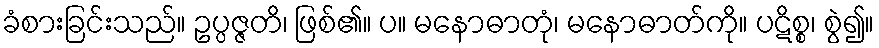
ခံစားခြင်းသည်။ ဥပ္ပဇ္ဇတိ၊ ဖြစ်၏။ ပ။ မနောဓာတုံ၊ မနောဓာတ်ကို။ ပဋိစ္စ၊ စွဲ၍။